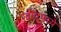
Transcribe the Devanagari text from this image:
रवींद्रमध्ये